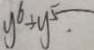
y ^ { 6 } \div y ^ { 5 }